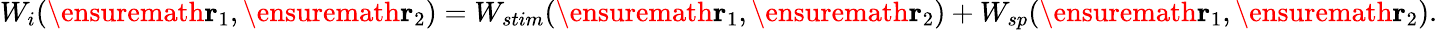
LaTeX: W_{i}(\ensuremath{\mathbf{r}}_{1},\ensuremath{\mathbf{r}}_{2})=W_{stim}(\ensuremath{\mathbf{r}}_{1},\ensuremath{\mathbf{r}}_{2})+W_{sp}(\ensuremath{\mathbf{r}}_{1},\ensuremath{\mathbf{r}}_{2}).